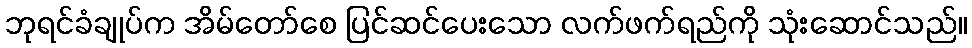
ဘုရင်ခံချုပ်က အိမ်တော်စေ ပြင်ဆင်ပေးသော လက်ဖက်ရည်ကို သုံးဆောင်သည်။